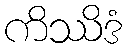
ကိဿိဒံ